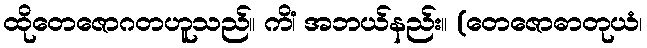
ထိုတေဇောဂတဟူသည်။ ကိံ၊ အဘယ်နည်း။ (တေဇောဓာတုယံ၊